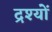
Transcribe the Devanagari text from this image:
द्रश्‍यों